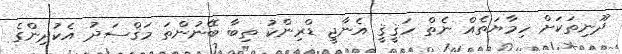
ދޫނިތަކަށް ހިމާޔަތެއް ނެތް ހަޤީޤީ އެނާޖީ ޑްރިންކު ތިބާ ބޭނުންތަ މަޤްސަދު އެކުދިންގެ